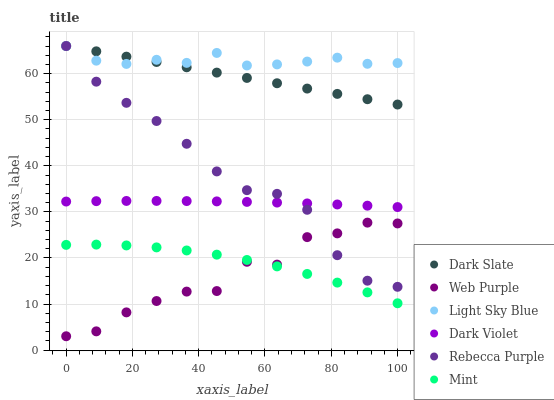
| xaxis_label | Dark Slate | Web Purple | Light Sky Blue | Dark Violet | Rebecca Purple | Mint |
 | --- | --- | --- | --- | --- | --- | --- |
 | 0 | 66 | 3 | 66 | 32.2 | 66 | 22.8 |
 | 9.09 | 64.8 | 4.07 | 62.8 | 32.3 | 58.3 | 22.9 |
 | 18.2 | 63.7 | 8.18 | 62.1 | 32.4 | 53.7 | 22.7 |
 | 27.3 | 62.5 | 10.6 | 63 | 32.4 | 49.7 | 22.3 |
 | 36.4 | 61.4 | 12.7 | 62.3 | 32.3 | 44.8 | 21.6 |
 | 45.5 | 60.2 | 12.8 | 64.5 | 32.3 | 38.8 | 20.7 |
 | 54.5 | 59.1 | 19.2 | 61.8 | 32.2 | 34.7 | 19.6 |
 | 63.6 | 57.9 | 18.6 | 62 | 32 | 33.9 | 18.2 |
 | 72.7 | 56.8 | 24.5 | 62.6 | 31.8 | 30.4 | 16.5 |
 | 81.8 | 55.6 | 25.3 | 63.5 | 31.6 | 20.6 | 14.6 |
 | 90.9 | 54.5 | 27.7 | 62.1 | 31.3 | 15.1 | 12.5 |
 | 100 | 53.3 | 27.5 | 62.3 | 31 | 13.7 | 10.2 |